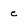
Character: e